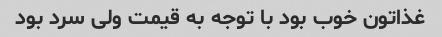
غذاتون خوب بود با توجه به قیمت ولی سرد بود